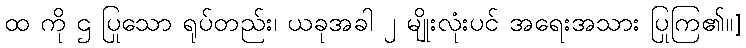
ထ ကို ဌ ပြုသော ရုပ်တည်း၊ ယခုအခါ ၂ မျိုးလုံးပင် အရေးအသား ပြုကြ၏။]